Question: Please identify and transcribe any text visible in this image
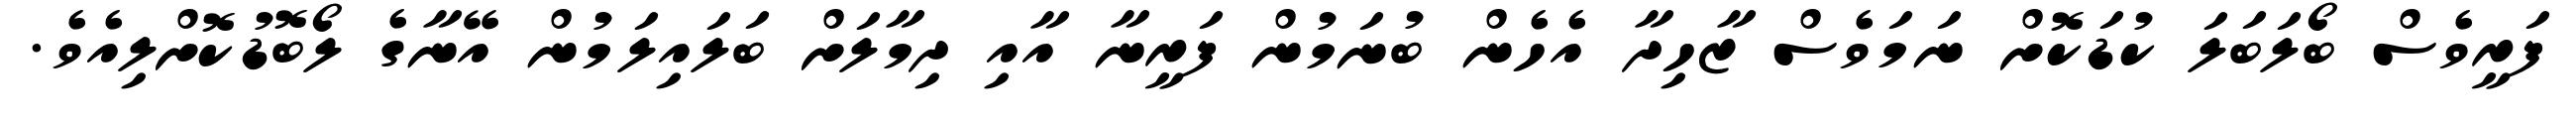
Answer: ފަރީވެސް ބޯލަބަލަ ކުޑަކޮށް ނަމަވެސް ޒާހިދާ އެހެން ބުނަމުން ފަރީނާ އާއި ދިމާލަށް ބަލައިލަމުން އޭނާގެ ލޯބޮޑުކޮށްލިއެވެ.